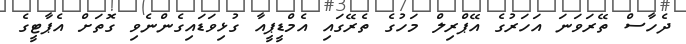
ދެހާސް ތޭރަވަނަ އަހަރުގެ އޭޕްރިލް މަހުގެ ތެރޭގައި އެމްޑީޕީއާ ގުޅިވަޑައިގެންނެވި ގޮތަށް އެޕާޓީގެ